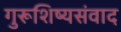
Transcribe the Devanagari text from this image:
गुरूशिष्यसंवाद